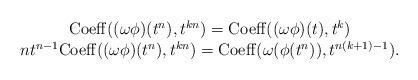
LaTeX: \begin{align*}\begin{array}{c}{\rm Coeff}((\omega\phi)(t^{n}),t^{kn})={\rm Coeff}((\omega\phi)(t),t^{k})\\ nt^{n-1}{\rm Coeff}((\omega\phi)(t^n),t^{kn})={\rm Coeff}(\omega(\phi(t^n)),t^{n(k+1)-1}).\end{array}\end{align*}